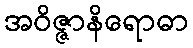
အဝိဇ္ဇာနိရောဓာ